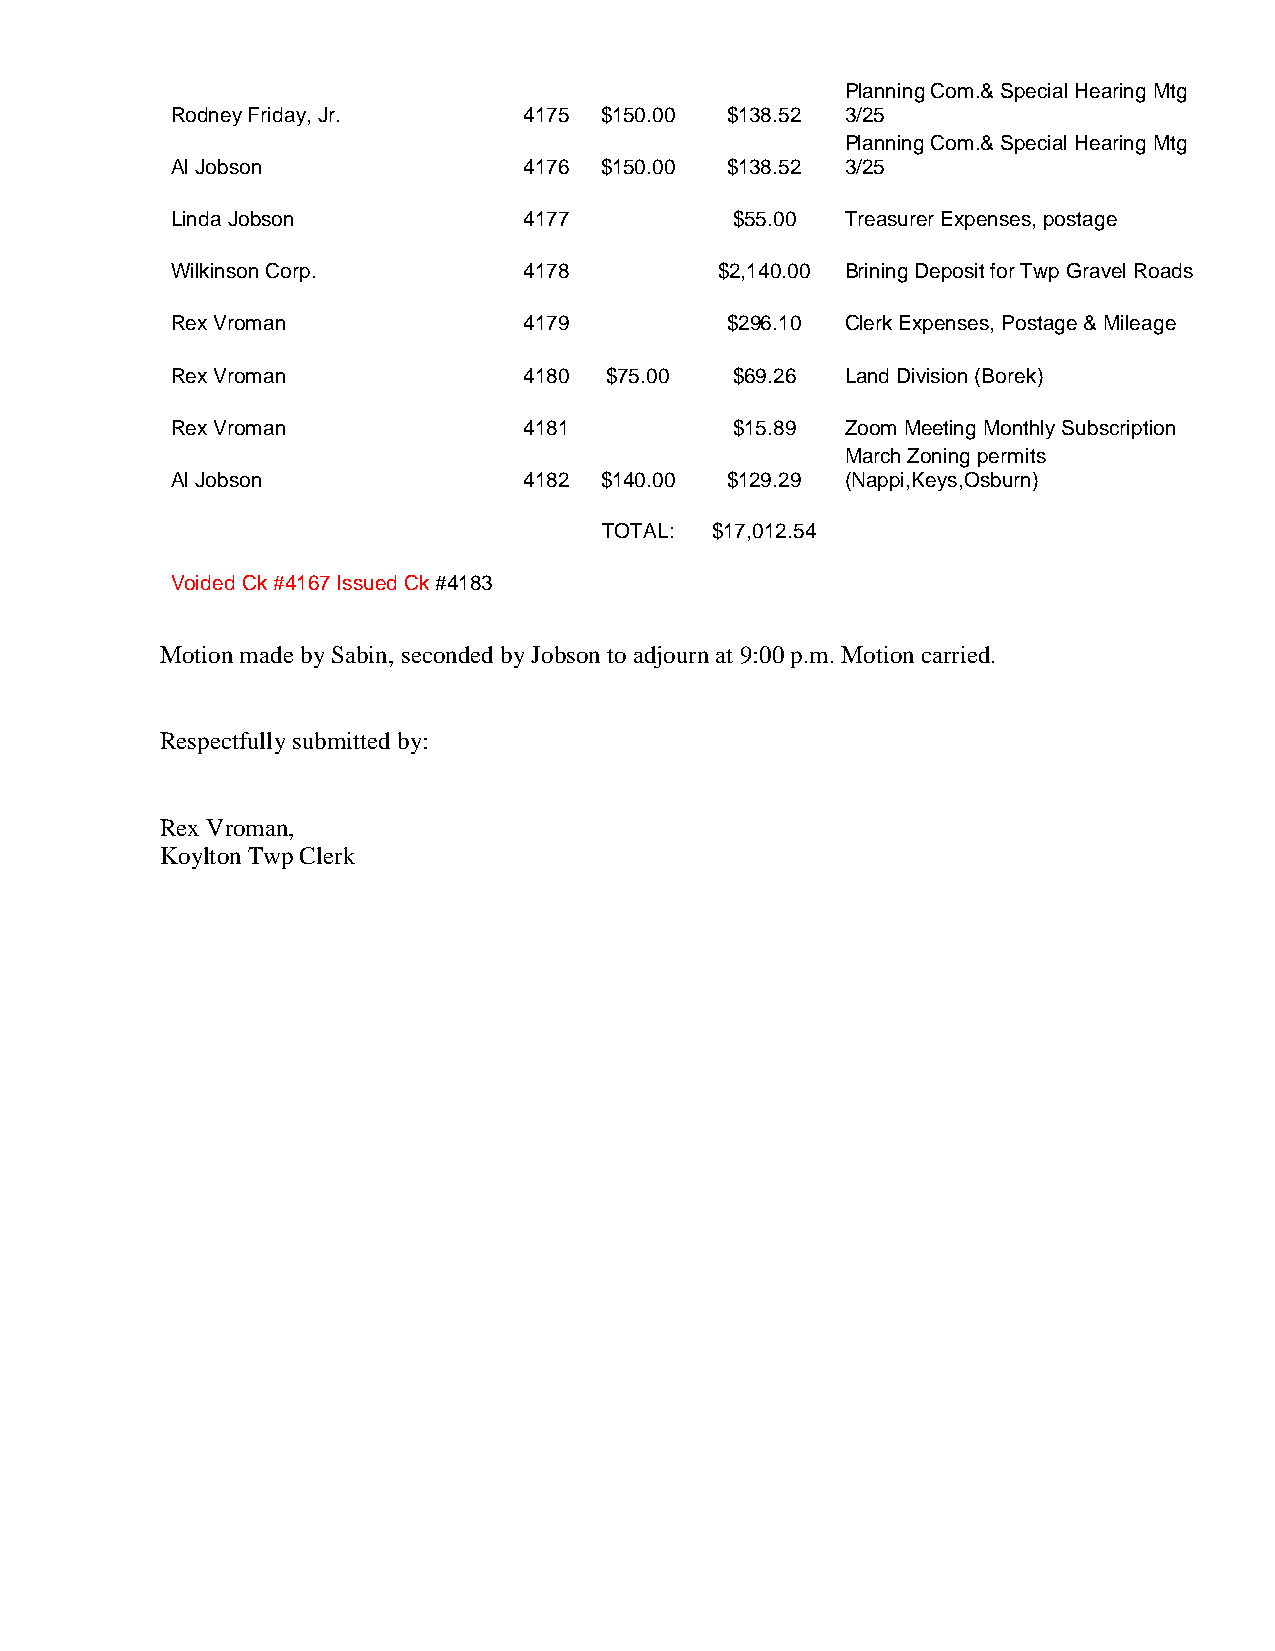
Planning Com.& Special Hearing Mtg
 Rodney Friday, Jr.      4175 $150.00 $138.52 3/25
 Planning Com.& Special Hearing Mtg
 Al Jobson               4176 $150.00 $138.52 3/25
 Linda Jobson            4177          $55.00 Treasurer Expenses, postage
 Wilkinson Corp.         4178         $2,140.00 Brining Deposit for Twp Gravel Roads
 Rex Vroman              4179         $296.10 Clerk Expenses, Postage & Mileage
 Rex Vroman              4180 $75.00   $69.26 Land Division (Borek)
 Rex Vroman              4181          $15.89 Zoom Meeting Monthly Subscription
 March Zoning permits
 Al Jobson               4182 $140.00 $129.29 (Nappi,Keys,Osburn)
 TOTAL: $17,012.54
 Voided Ck #4167 Issued Ck #4183
 Motion made by Sabin, seconded by Jobson to adjourn at 9:00 p.m. Motion carried.
 Respectfully submitted by:
 Rex Vroman,
 Koylton Twp Clerk